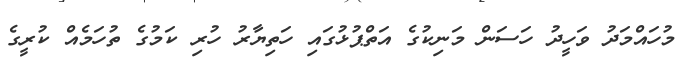
މުހައްމަދު ވަހީދު ހަސަން މަނިކުގެ އަތްޕުޅުގައި ހަތިޔާރު ހުރި ކަމުގެ ތުހަމެއް ކުރީގެ